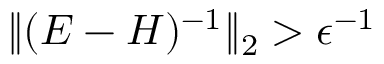
\| ( E - H ) ^ { - 1 } \| _ { 2 } > \epsilon ^ { - 1 }